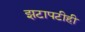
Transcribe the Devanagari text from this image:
झटापटीही